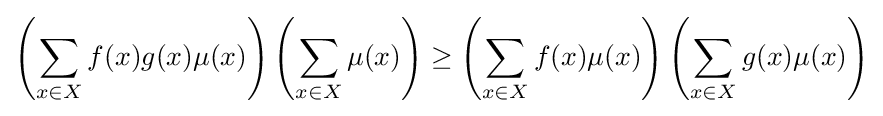
\left(\sum _{x\in X}f(x)g(x)\mu (x)\right)\left(\sum _{x\in X}\mu (x)\right)\geq \left(\sum _{x\in X}f(x)\mu (x)\right)\left(\sum _{x\in X}g(x)\mu (x)\right)